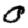
Digit: 0